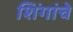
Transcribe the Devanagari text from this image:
शिंगांचे